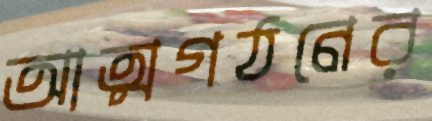
আত্মগঠনের